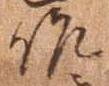
作